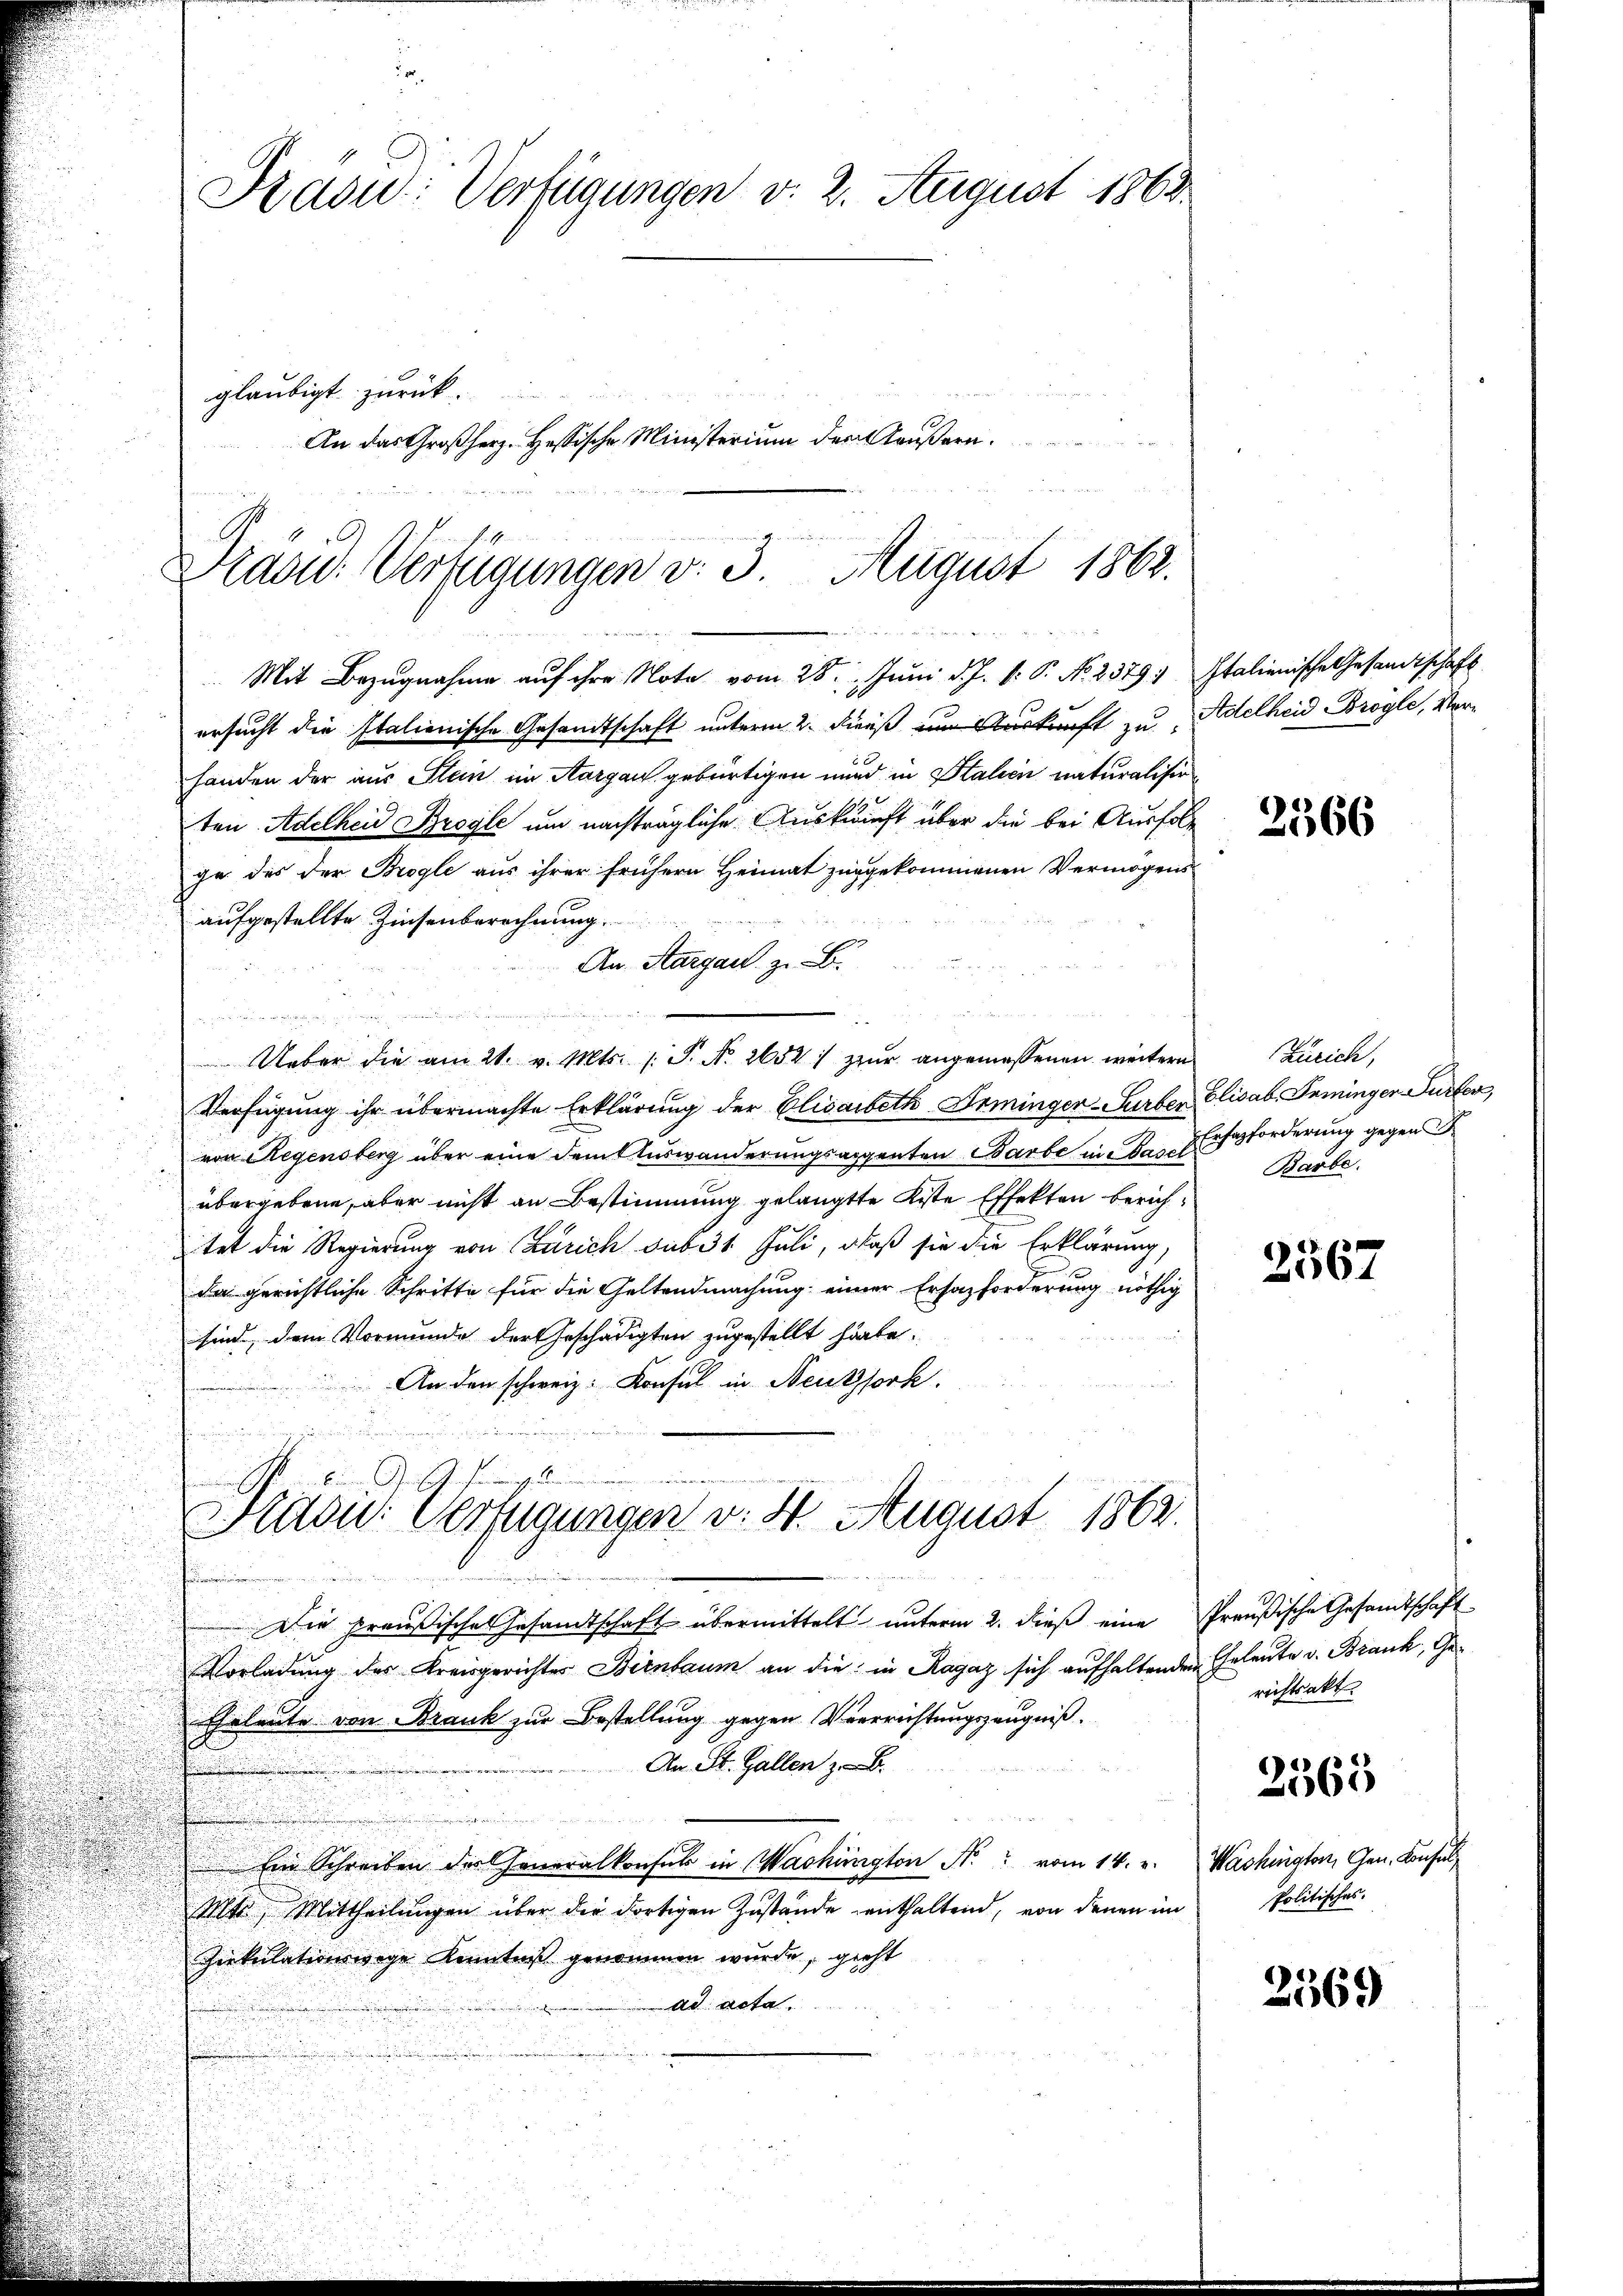
Kasu: Verfügungen v. 2. August 1863.
glaubigt zurück.
An das Großherz. Hessische Ministerium der Käußern.
n

Prasid. Verfügungen v. 3. August 1862.

Mit Bezugnahme auf ihre Nota vom 28. Juni d. J. V. P. No. 2379. Italienische Gesandtschaft
ersucht die Italienische Gesandtschaft unterm 2. Diens um Auskunft zu Adelheid Brogle, Verhanden der aus Stein im Aargau gebürtigen und in Italien naturalisie
ten Adelheid Brogie um nachträgliche Auskunft über die bei Ausfolg
ge des der Brogle aus ihrer frühern Heimat zugekommenen Vermögens
aufgestellte Zinsenberechnung.
An Margau, z. B.
n
Ueber die am 21. v. Mts. S. N. 2652 :/ zur angemessenen weitern
Verfügung ihr übermachte Erklärung der Elisabeth Seminger-Surben Elisab. Seminger Furter,
von Regensberg über eine dem Auswanderungsangenten Barbe in das Erforderung gegen
übergebene, aber nicht an Bestimmung gelangte Kiste Effekten berichtet die Regierung von Zürich sub 31. Juli, daß sie die Erklärung,
da gerichtliche Schritte für die Geltendmachung einer Ersazforderung nöthig
sind, dem Vormunde der Geschädigten zugestellt hätte.
An den schweiz. Konsul in Neutzsork.

Hasic: Verfügungen v. 4. August 1863.

Die preußische Gesandtschaft übermittelt unterm 2. dieß eine Preußische Gesandtschaft
Vorladung des Kreisgerichter Birnbaum an die in Ragaz sich aufhaltenden Eheleute v. Brank, Ge¬
Ehrleute von Brank zur Bestellung gegen Verrrichtungszeugniß.
An St. Gallen z. B.
Ein Schreiben des Generalkonsuls in Washington N. vom 14. u.
Mtt. Mittheilungen über die dortigen Zustände enthaltend, von denen im
Zeekulationswege Kenntniß genommen wurde, gieht
ad acta.

2566

Zürich,
Barbe.

2567

richtsakt.

2565

Washington, Gen. Konsul
Politisches.

2569